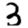
Digit: 3